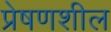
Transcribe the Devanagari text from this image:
प्रेषणशील